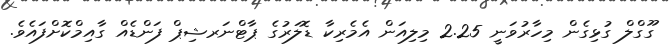
ގޫގްލް ގުޅިގެން މިހާރުވަނީ 2.25 މިލިއަން އެމެރިކާ ޑޮލަރުގެ ޕާޓްނަރޝިޕް ފަންޑެއް ގާއިމްކޮށްފައެވެ.